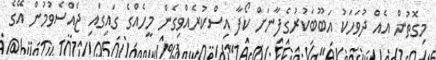
މިގޮތުން އެއް ދުވަހަކު އަބޫބަކުރުގެފާނަށް ކޯފާ އިސްކުރެއްވިގެން މީހެއްގެ ގައިގައި ޖެއްސެވުމުން އޭގެ